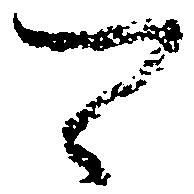
可